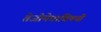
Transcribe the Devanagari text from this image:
तेजोमेघांविषयी